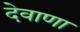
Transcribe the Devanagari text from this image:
देवाणा